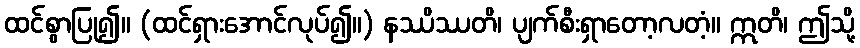
ထင်စွာပြု၍။ (ထင်ရှားအောင်လုပ်၍။) နဿိဿတိ၊ ပျက်စီးရှာတော့လတံ့။ ဣတိ၊ ဤသို့